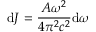
\mathrm { d } J = \frac { A \omega ^ { 2 } } { 4 \pi ^ { 2 } c ^ { 2 } } \mathrm { d } \omega